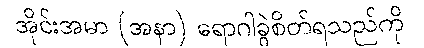
အိုင်းအမာ (အနာ) ရောဂါခွဲစိတ်ရသည်ကို